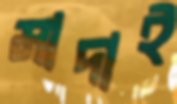
মাদাই